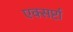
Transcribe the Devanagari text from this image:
एक्सर्प्टा